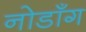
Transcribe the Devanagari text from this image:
नोडाँग